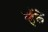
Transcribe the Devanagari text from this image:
व्हॅले